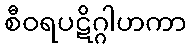
စီဝရပဋိဂ္ဂါဟကာ